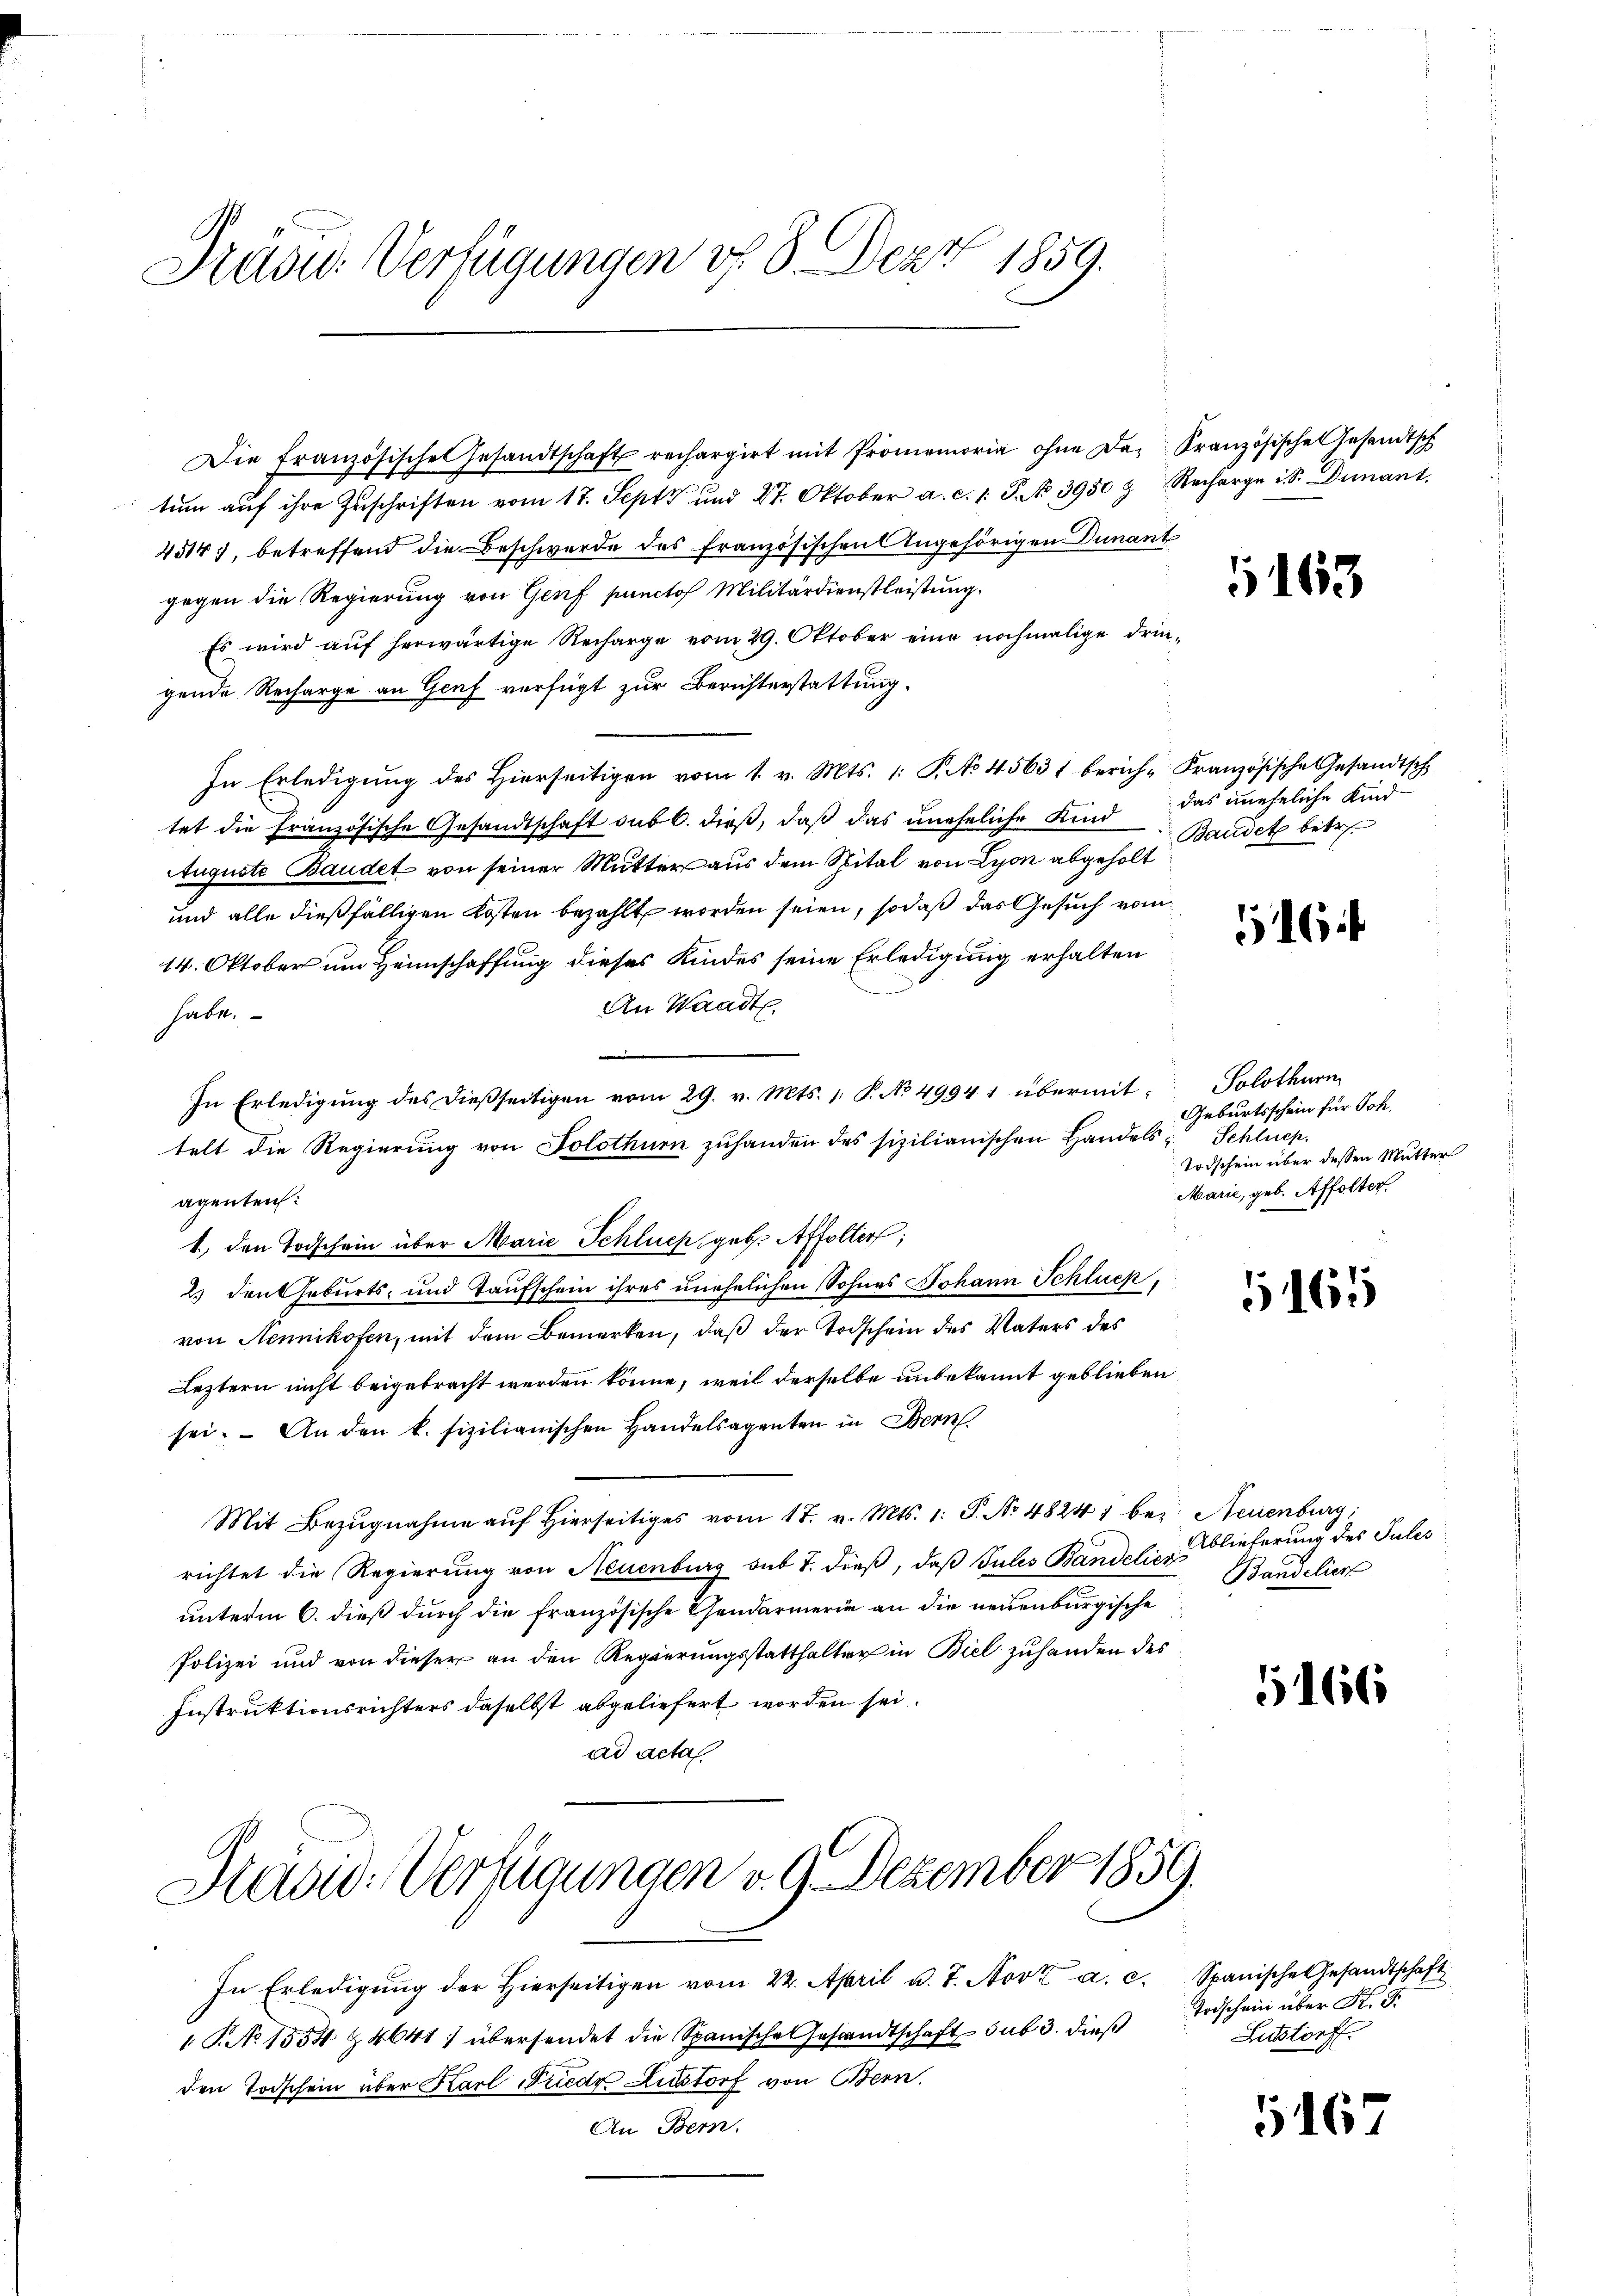
Prasw. Verfügungen v. 8. Dez. 1859.

Die französisches Gesandtschaft rechargirt mit Promemoria ohne da Französische Gesandtsch
tŭm aŭf ihre Zuschriften vom 17. Sept und 27. Oktober a. c. 1. P. No 3950 & Recharge i S. Dunant.
4514), betreffend die Beschwerde des französischen Angehörigen Dunant
gegen die Regierung von Genf puncto Militärdienstleistung.
Es wird aŭf herwärtige Recharge vom 29. Oktober eine nochmalige drin-
gende Recharge an Genf verfügt zur Berichterstattung.
In Erledigung des hierseitigen vom 1. v. Mts. 1: P. No 45631 berich-Französische Gesandtsch
tet die Französische Gesandtschaft sub 6. dieß, daß das uneheliche Kind das uneheliche Kind¬
Auguste Baudet von seiner Mutter aus dem Spital von Lyon abgeholt
und alle dießfälligen Kosten bezahlt worden seien, sodaß das Gesuch vom
14. Oktober um Heimschaffung dieses Kindes seine Erledigung erhalten
An Waadt.
habt.
In Erledigŭng des dießseitigen vom 29. v. Mts. 1. P. No 49941 übermittelt die Regierung von Solothurn zuhanden des sizilianischen Handels- Schluep.
agenten:
1., den Todschein über Marie Schluch geb. Affolter;
2. den Geburts- und Taufschein ihres unehelichen Sohnes Johann Schluck,
von Nennikofen, mit dem Bemerken, daß der Todschein des Vaters des
Leztern nicht beigebracht werden könne, weil derselbe unbekannt geblieben
sei. - An den k. fizilianischen Handelsagenten in Bern
Mit Bezŭgnahme aŭf hierseitiges vom 17. v. Mts. 1. P. No 48241 bei Neuenburg,
richtet die Regierung von Neuenburg sub 7. dieß, daß Julis Bandelien
unterm 6. dieß durch die französische Tendarmerie an die neuenburgische
Polizei und von dieser an den Regierungsstatthalter in Biel zuhanden des
Instruktionsrichters daselbst abgeliefert worden sei.
ad acta

Prasid: Verfügungen v. 9. Dezember 1859.

In Erledigung der hierseitigen vom 22. April u. 7. Nov. a. c.
1 S. No 1553 & 4641) übersendet die Spanische Gesandtschaft sub 3. dieß
den Todschein über Karl Friedr Listorf von Bern.
An Bern.

Baudet betr.

163

16

Solothurn
Geburtsschein für Joh.
Todschein über dessen Mutter
Marie, geb. Affolter.

5165

Ablieferung des Pules
Bandelier

5166

Spanische Gesandtschaft
Todschein über K. G.
Letstorf.

1167